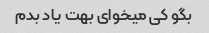
بگو کی میخوای بهت یاد بدم